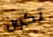
تكون